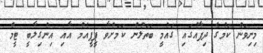
މިނިވަން ކަމުގެ ދިފާއުގައި ގައުމީ ބަތަލުން ކަމަށްވާ ޕީޕީއެމް އާއި އިންގިލާބީ ޓީމް